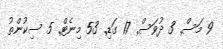
9 މަސް